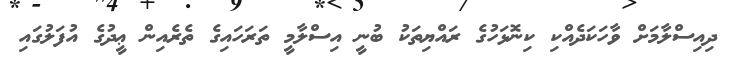
ދިއިސްލާމަށް ވާހަކަދެއްކި ކިނޮޅަހުގެ ރައްޔިތަކު ބުނީ އިސްލާމީ ތަރަހައިގެ ތެރެއިން ޢީދުގެ އުފަލުގައި